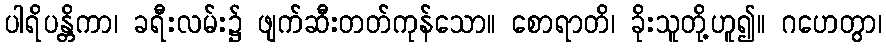
ပါရိပန္တိကာ၊ ခရီးလမ်း၌ ဖျက်ဆီးတတ်ကုန်သော။ စောရာတိ၊ ခိုးသူတို့ဟူ၍။ ဂဟေတွာ၊